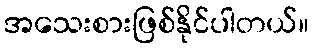
အသေးစားဖြစ်နိုင်ပါတယ်။